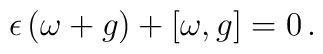
\epsilon \, (\omega + g) + [\omega,g] =0 \, .